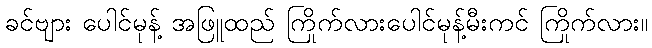
ခင်ဗျား ပေါင်မုန့် အဖြူထည် ကြိုက်လားပေါင်မုန့်မီးကင် ကြိုက်လား။